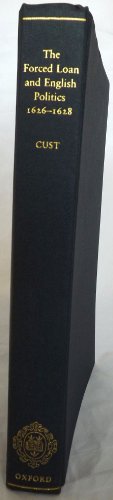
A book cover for The Forced Loan and English Politics 1626-1628; Richard Cust; Business & Money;